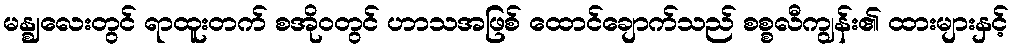
မန္ဈလေးတွင် ရာထူးတက် စအိုဝတွင် ဟာသအဖြစ် ထောင်ချောက်သည် စစ္စလီကျွန်း၏ ထားများနှင့်